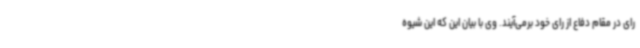
رای در مقام دفاع از رای خود برمی‌آیند. وی با بیان این که این شیوه